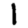
Digit: 1